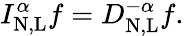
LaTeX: I_{\mathrm{N,L}}^{\alpha}f=D_{\mathrm{N,L}}^{-\alpha}f.